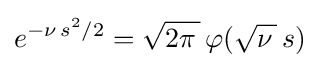
e^{-\nu \,s^{2}/2}={\sqrt {2\pi \,}}\,\varphi ({\sqrt {\nu \,}}\,s)